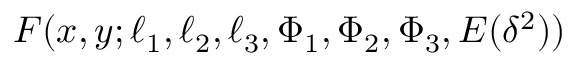
F ( x , y ; \ell _ { 1 } , \ell _ { 2 } , \ell _ { 3 } , \Phi _ { 1 } , \Phi _ { 2 } , \Phi _ { 3 } , E ( \delta ^ { 2 } ) )